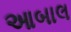
આબાલ